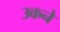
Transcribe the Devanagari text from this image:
उकने